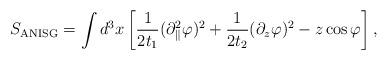
LaTeX: \begin{align*}S_{\rm ANISG}=\int d^3 x\left[\frac{1}{2t_1}(\partial_\parallel^2\varphi)^2+\frac{1}{2t_2}(\partial_z\varphi)^2-z\cos\varphi\right],\end{align*}